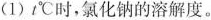
(1)t℃时，氯化钠的溶解度。